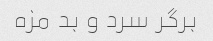
برگر سرد و بد مزه